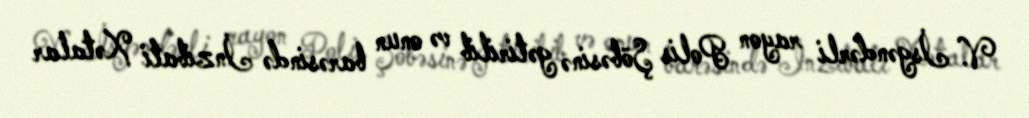
V. İsgəndərli rayon Polis Şöbəsinə gətirilib və onun barəsində İnzibati Xətalar